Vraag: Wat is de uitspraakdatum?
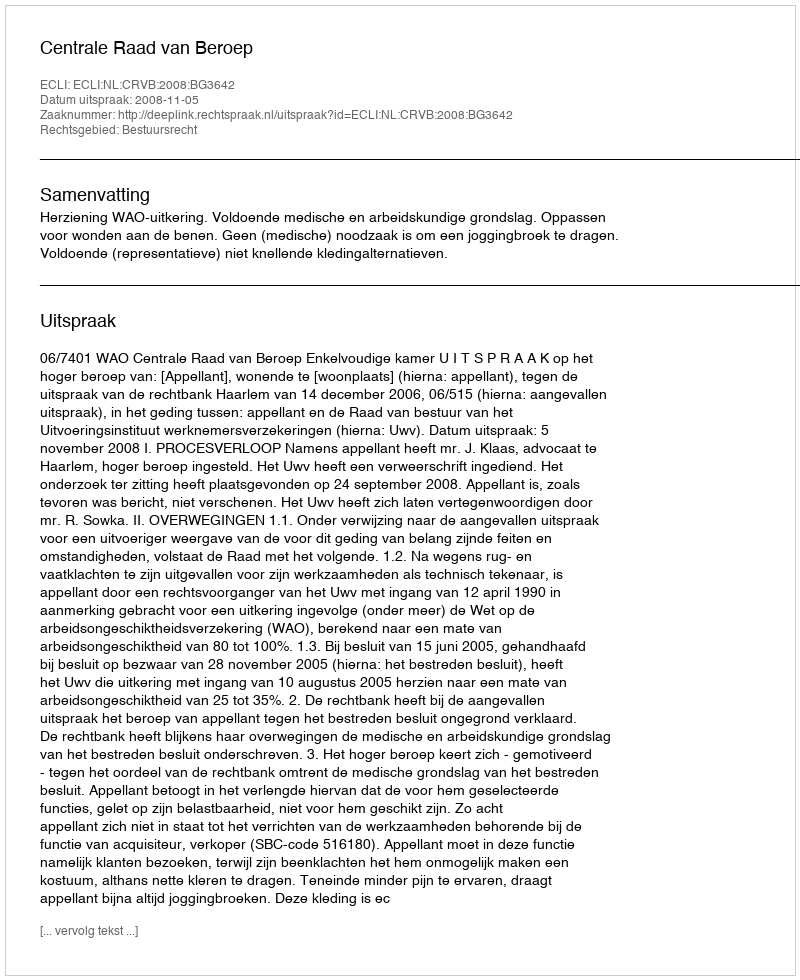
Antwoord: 2008-11-05